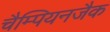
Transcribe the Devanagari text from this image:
चैम्पियनजैक